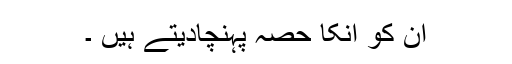
ان کو انکا حصہ پہنچادیتے ہیں ۔